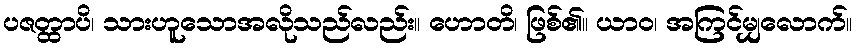
ပဇတ္ထာပိ၊ သားဟူသောအလိုသည်လည်း။ ဟောတိ၊ ဖြစ်၏။ ယာဝ၊ အကြင်မျှလောက်။